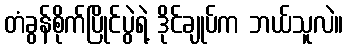
တံခွန်စိုက်ပြိုင်ပွဲရဲ့ ဒိုင်ချုပ်က ဘယ်သူလဲ။